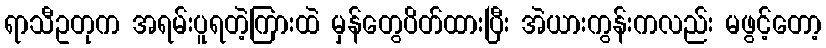
ရာသီဥတုက အရမ်းပူရတဲ့ကြားထဲ မှန်တွေပိတ်ထားပြီး အဲယားကွန်းကလည်း မဖွင့်တော့